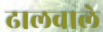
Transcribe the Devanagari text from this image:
ढालवाले